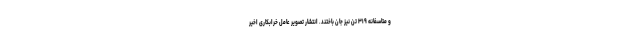
و متاسفانه ۳۱۹ تن نیز جان باختند. انتشار تصویر عامل خرابکاری اخیر